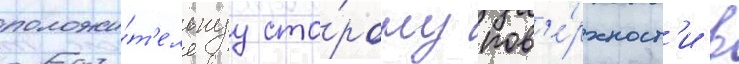
положи́т'ельнуу сто́рону пов'е́рхност'и в